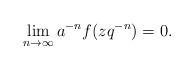
LaTeX: \begin{align*} \lim_{n \rightarrow \infty} a^{-n}f(zq^{-n}) =0.\end{align*}